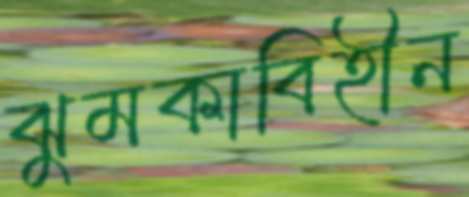
ঝুমকাবিহীন